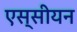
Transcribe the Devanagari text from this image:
एस्सीयन